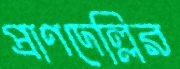
প্রাণদেল্লির